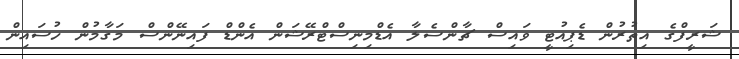
ޝަރީފްގެ އިތުރުން ޑެޕިއުޓީ ވައިސް ޗާންސެލާ އެޑްމިނިސްޓްރޭޝަން އެންޑް ފައިނޭންސް މަގާމުން ހުސައިން